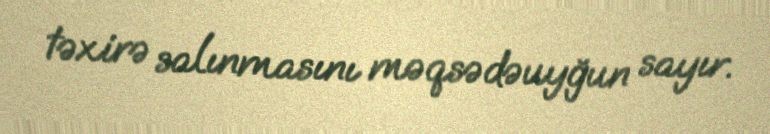
təxirə salınmasını məqsədəuyğun sayır.